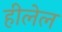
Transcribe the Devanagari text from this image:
हीलेल